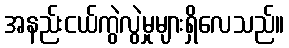
အနည်းငယ်ကွဲလွဲမှုများရှိလေသည်။